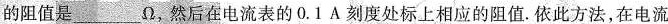
的阻值是___Ω，然后在电流表的0.1A刻度处标上相应的阻值。依此方法，在电流